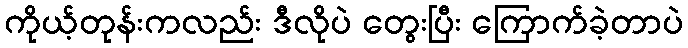
ကိုယ့်တုန်းကလည်း ဒီလိုပဲ တွေးပြီး ကြောက်ခဲ့တာပဲ